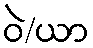
ဝဲ/ယာ